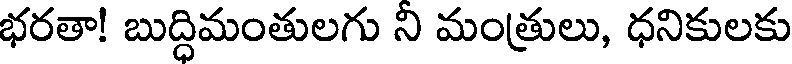
భరతా! బుద్దిమంతులగు ని మంత్రులు, ధనికులకు